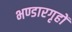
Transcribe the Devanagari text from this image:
भण्डारगृहों